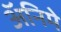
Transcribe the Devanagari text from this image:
अॅनिमे